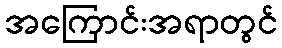
အကြောင်းအရာတွင်